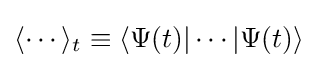
\langle \cdots \rangle _{t}\equiv \langle \Psi (t)|\cdots |\Psi (t)\rangle